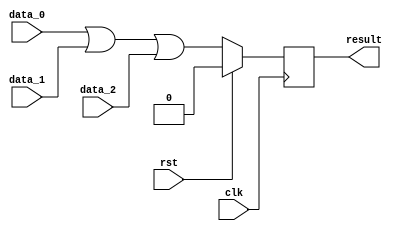
module Or(
input clk,
input rst,
input data_0,
input data_1,
input data_2,
output reg result);

	always @ (posedge clk)
	begin
		if(rst)
			result <= 0;
		else
			result <= (data_0 | data_1 | data_2);
	end

endmodule